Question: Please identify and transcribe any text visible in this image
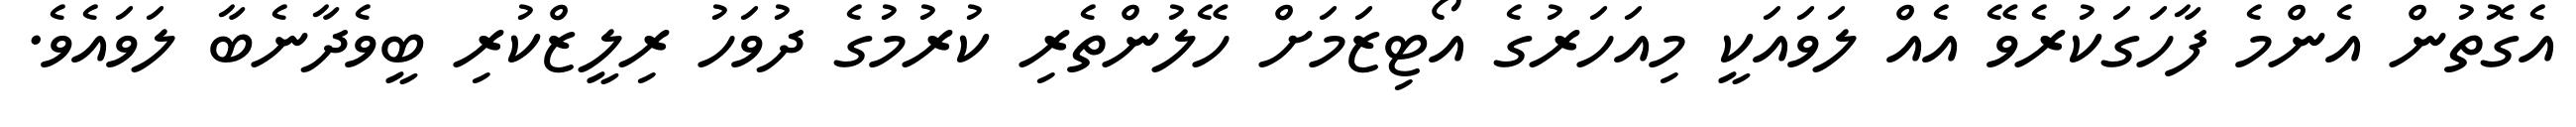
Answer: އެގޮތުން އެންމެ ފާހަގަކުރެވޭ އެއް ލަވައަކީ މިއަހަރުގެ އޯޓިޒަމަށް ހޭލުންތެރި ކުރުމުގެ ދުވަހު ރިލީޒްކުރި ބީވެދާނެބާ ލަވައެވެ.